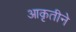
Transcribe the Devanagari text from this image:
आकृतीने